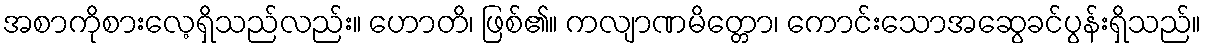
အစာကိုစားလေ့ရှိသည်လည်း။ ဟောတိ၊ ဖြစ်၏။ ကလျာဏမိတ္တော၊ ကောင်းသောအဆွေခင်ပွန်းရှိသည်။